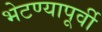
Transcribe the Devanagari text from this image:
भेटण्यापूर्वी